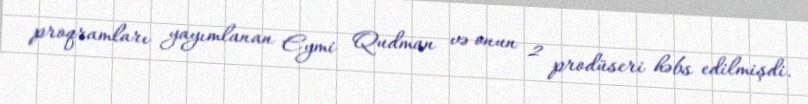
proqramları yayımlanan Eymi Qudman və onun 2 prodüseri həbs edilmişdi.